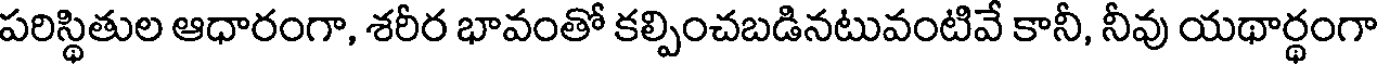
పరిస్థితుల ఆధారంగా, శరీర భావంతో కల్పించబడినటువంటివే కానీ, నీవు యథార్థంగా